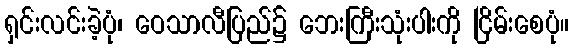
ရှင်းလင်းခဲ့ပုံ၊ ဝေသာလီပြည်၌ ဘေးကြီးသုံးပါးကို ငြိမ်းစေပုံ။